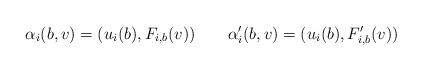
LaTeX: \begin{align*}\alpha_i(b,v)=(u_i(b),F_{i,b}(v))\qquad\alpha'_i(b,v)=(u_i(b),F'_{i,b}(v))\end{align*}